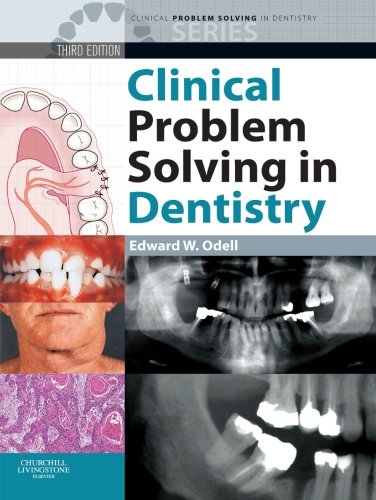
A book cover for Clinical Problem Solving in Dentistry, 3e (Clinical Problem Solving in Dentistry Series); Medical Books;